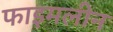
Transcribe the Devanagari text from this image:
फाइमलीन